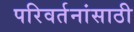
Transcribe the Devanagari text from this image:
परिवर्तनांसाठी